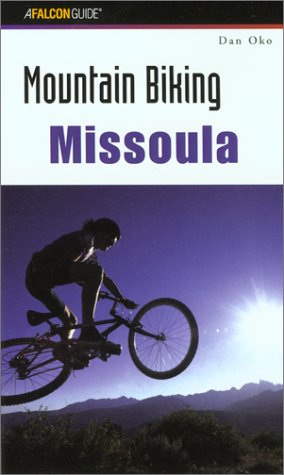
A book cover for Mountain Biking Missoula (Regional Mountain Biking Series); Dan Oko; Travel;